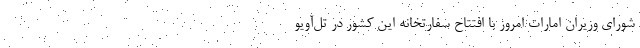
شورای وزیران امارات امروز با افتتاح سفارتخانه این کشور در تل‌آویو